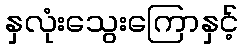
နှလုံးသွေးကြောနှင့်